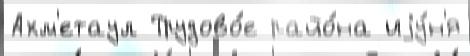
Ахм'етаул Трудово́е райо́на иjу́н'я